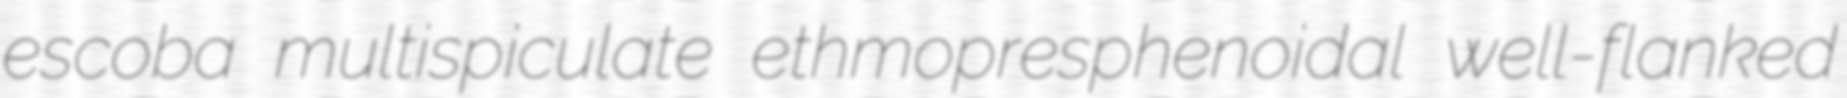
escoba multispiculate ethmopresphenoidal well-flanked